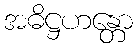
အဓိဋ္ဌဟန္တော